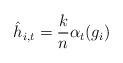
LaTeX: \begin{align*}\hat{h}_{i,t} = \frac{k}{n} \alpha_t (g_i ) \end{align*}